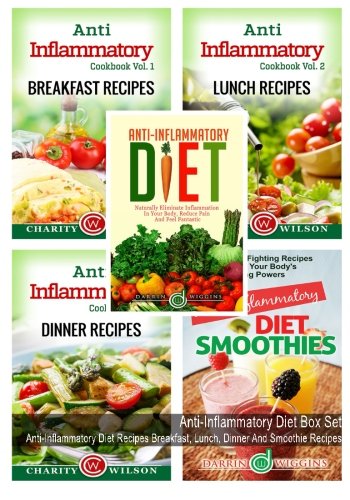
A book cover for Anti-Inflammatory Diet Box Set: Anti-Inflammatory Diet Recipes Breakfast, Lunch, Dinner And Smoothie Recipes; Charity Wilson; Cookbooks, Food & Wine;